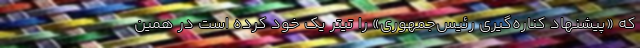
که «پیشنهاد کناره‌گیری رئیس‌جمهوری» را تیتر یک خود کرده است در همین